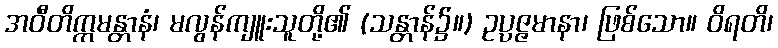
အဝီတိက္ကမန္တာနံ၊ မလွန်ကျူးသူတို့၏ (သန္တာန်၌။) ဥပ္ပဇ္ဇမာနာ၊ ဖြစ်သော။ ဝိရတိ၊